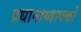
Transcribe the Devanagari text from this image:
प्रधानाध्यापकों